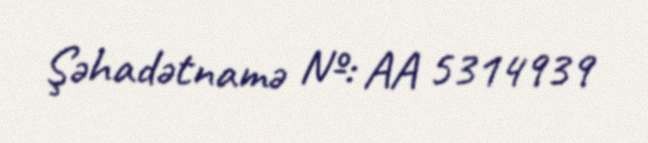
Şəhadətnamə №: AA 5314939